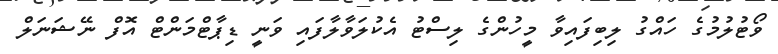
ވޯޓުލުމުގެ ހައްގު ލިބިފައިވާ މީހުންގެ ލިސްޓު އެކުލަވާލާފައި ވަނީ ޑިޕާޓްމަންޓް އޮފް ނޭޝަނަލް